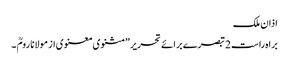
اذان ملک
براہ راست 2 تبصرے برائے تحریر ”مثنوی معنوی از مولانا رومؒ ۔